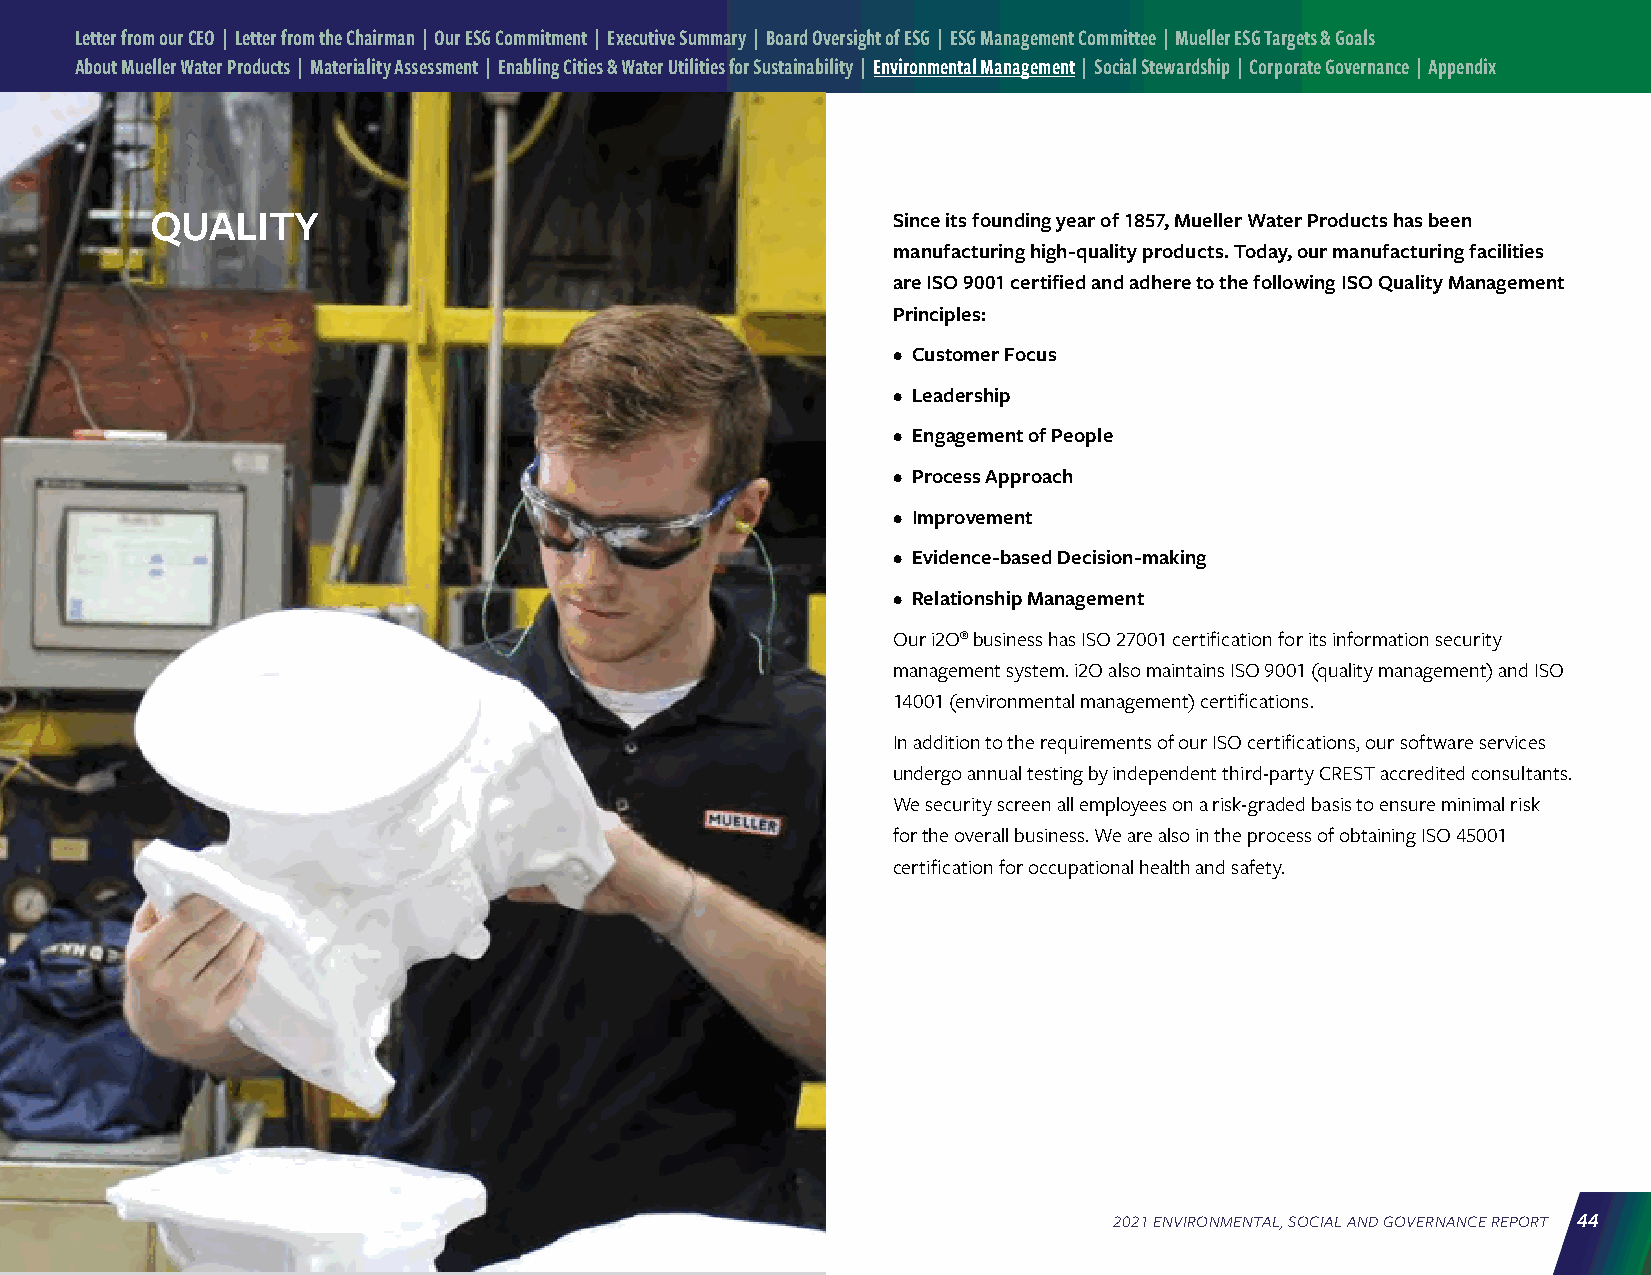
Letter from our CEO | Letter from the Chairman | Our ESG Commitment | Executive Summary | Board Oversight of ESG | ESG Management Committee | Mueller ESG Targets & Goals
 About Mueller Water Products | Materiality Assessment | Enabling Cities & Water Utilities for Sustainability | Environmental Management | Social Stewardship | Corporate Governance | Appendix
 QUALITY                                          Since its founding year of 1857, Mueller Water Products has been
 manufacturing high-quality products. Today, our manufacturing facilities
 are ISO 9001 certified and adhere to the following ISO Quality Management
 Principles:
 • Customer Focus
 • Leadership
 • Engagement of People
 • Process Approach
 • Improvement
 • Evidence-based Decision-making
 • Relationship Management
 Our i2O® business has ISO 27001 certification for its information security
 management system. i2O also maintains ISO 9001 (quality management) and ISO
 14001 (environmental management) certifications.
 In addition to the requirements of our ISO certifications, our software services
 undergo annual testing by independent third-party CREST accredited consultants.
 We security screen all employees on a risk-graded basis to ensure minimal risk
 for the overall business. We are also in the process of obtaining ISO 45001
 certification for occupational health and safety.
 2021 ENVIRONMENTAL, SOCIAL AND GOVERNANCE REPORT 44